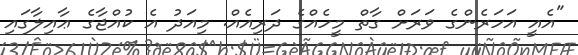
"އެއީ އަހަރެންގެ ވަރަށް ގާތް މީހެއްގެ ދަރިއެއް. މިއަދު އެ ކުއްޖާގެ ޢާއިލާގައި